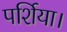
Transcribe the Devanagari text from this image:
पर्शिया।